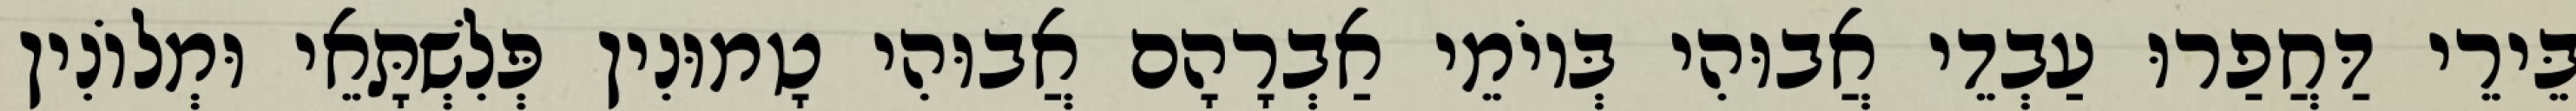
בֵּירֵי דַּחֲפַרוּ עַבְדֵי אֲבוּהִי בְּיוֹמֵי אַבְרָהָם אֲבוּהִי טָמוּנִין פְּלִשְׁתָּאֵי וּמְלוֹנִין